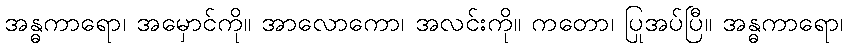
အန္ဓကာရော၊ အမှောင်ကို။ အာလောကော၊ အလင်းကို။ ကတော၊ ပြုအပ်ပြီ။ အန္ဓကာရော၊